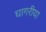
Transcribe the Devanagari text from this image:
घागरीया